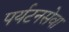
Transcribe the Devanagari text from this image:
पर्यटनसेवा